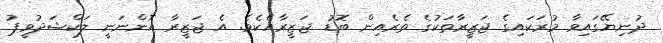
ދުނިޔޭގައިވާ މުރަކައިގެ ޖަޒީރާތަކުގެ ތެރެއިން ބޮޑު ޖަޒީރާއެކެވެ. އެ ޖަޒީރާ އޮންނަނީ ލަކްޝަދުވީޕު